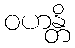
ဝဟန္တိ